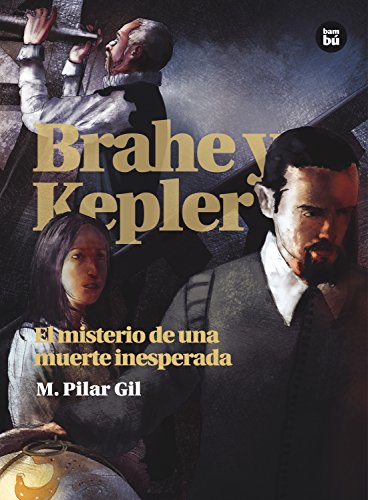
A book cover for Brahe y Kepler: El misterio de una muerte inesperada (Descubridores cientificos) (Spanish Edition); M. Pilar Gil; Teen & Young Adult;